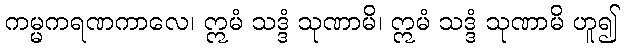
ကမ္မကရဏကာလေ၊ ဣမံ သဒ္ဒံ သုဏာမိ၊ ဣမံ သဒ္ဒံ သုဏာမိ ဟူ၍